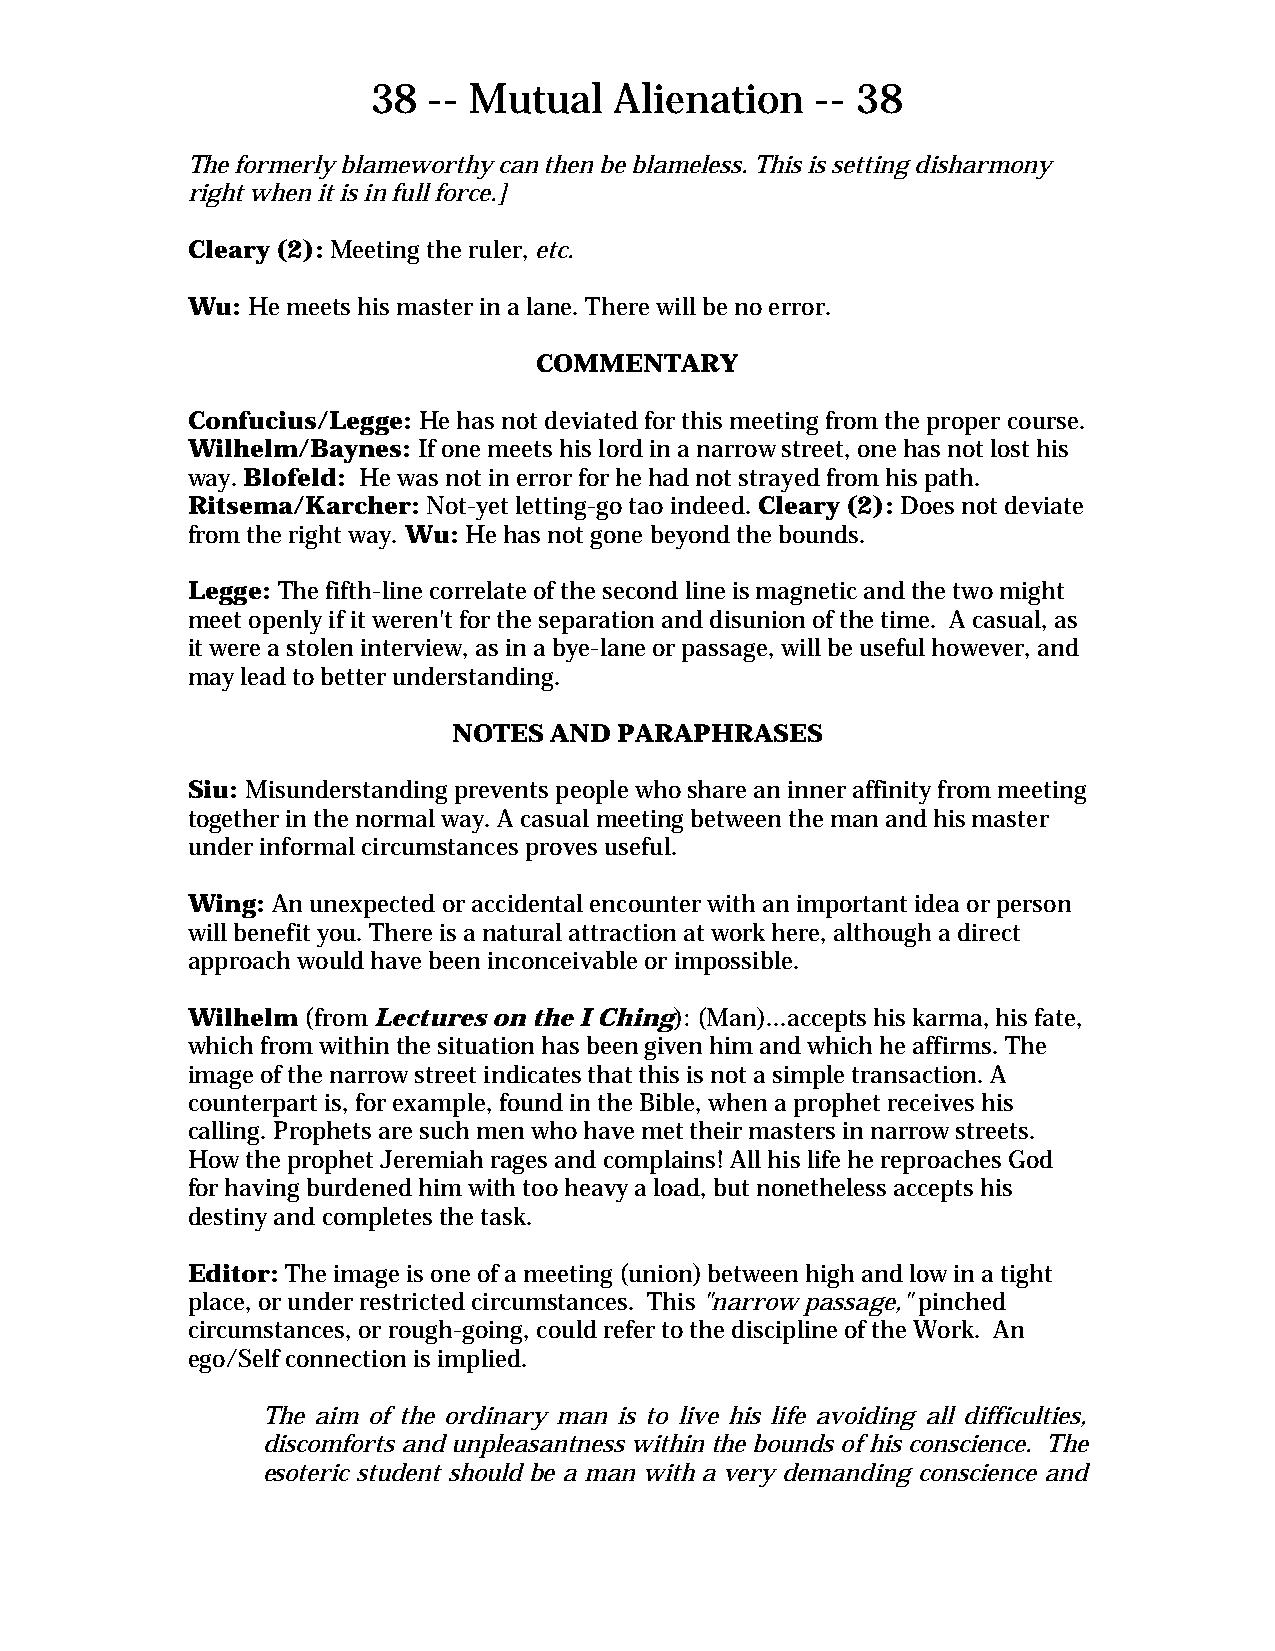
38 -- Mutual    Alienation   -- 38
 The formerly blameworthy can then be blameless. This is setting disharmony
 right when it is in full force.]
 Cleary (2): Meeting the ruler, etc.
 Wu: He meets his master in a lane. There will be no error.
 COMMENTARY
 Confucius/Legge: He has not deviated for this meeting from the proper course.
 Wilhelm/Baynes: If one meets his lord in a narrow street, one has not lost his
 way. Blofeld: He was not in error for he had not strayed from his path.
 Ritsema/Karcher: Not-yet letting-go tao indeed. Cleary (2): Does not deviate
 from the right way. Wu: He has not gone beyond the bounds.
 Legge: The fifth-line correlate of the second line is magnetic and the two might
 meet openly if it weren't for the separation and disunion of the time. A casual, as
 it were a stolen interview, as in a bye-lane or passage, will be useful however, and
 may lead to better understanding.
 NOTES AND  PARAPHRASES
 Siu: Misunderstanding prevents people who share an inner affinity from meeting
 together in the normal way. A casual meeting between the man and his master
 under informal circumstances proves useful.
 Wing: An unexpected or accidental encounter with an important idea or person
 will benefit you. There is a natural attraction at work here, although a direct
 approach would have been inconceivable or impossible.
 Wilhelm (from Lectures on the I Ching): (Man)...accepts his karma, his fate,
 which from within the situation has been given him and which he affirms. The
 image of the narrow street indicates that this is not a simple transaction. A
 counterpart is, for example, found in the Bible, when a prophet receives his
 calling. Prophets are such men who have met their masters in narrow streets.
 How the prophet Jeremiah rages and complains! All his life he reproaches God
 for having burdened him with too heavy a load, but nonetheless accepts his
 destiny and completes the task.
 Editor: The image is one of a meeting (union) between high and low in a tight
 place, or under restricted circumstances. This "narrow passage," pinched
 circumstances, or rough-going, could refer to the discipline of the Work. An
 ego/Self connection is implied.
 The aim of the ordinary man is to live his life avoiding all difficulties,
 discomforts and unpleasantness within the bounds of his conscience. The
 esoteric student should be a man with a very demanding conscience and